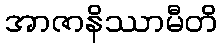
အာဇာနိဿာမီတိ